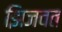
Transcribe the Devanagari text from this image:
झिजवत